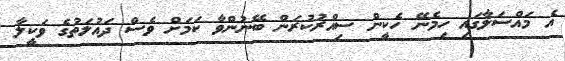
އެ މައްސަލާގައި ހިމެނޭ ހެކީން ސިއްރުކުރަން ބޭނުންވާ ކަމަށް ވެސް ދައުލަތުގެ ވަކީލާ